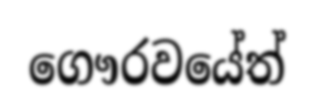
ගෞරවයේත්